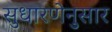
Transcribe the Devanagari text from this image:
सुधारणेनुसार